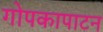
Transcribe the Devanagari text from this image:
गोपकापाटन